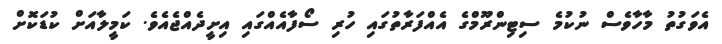
އެވަގުތު މާހާވެސް ނުކުމެ ސިޓިންރޫމްގެ އެއްފަރާތުގައި ހުރި ސޯފާއެއްގައި އިށީދެއްޖެއެވެ. ކަމީލާއަށް ކުޑަކޮށް